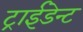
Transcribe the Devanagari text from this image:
ट्राईडेन्ट